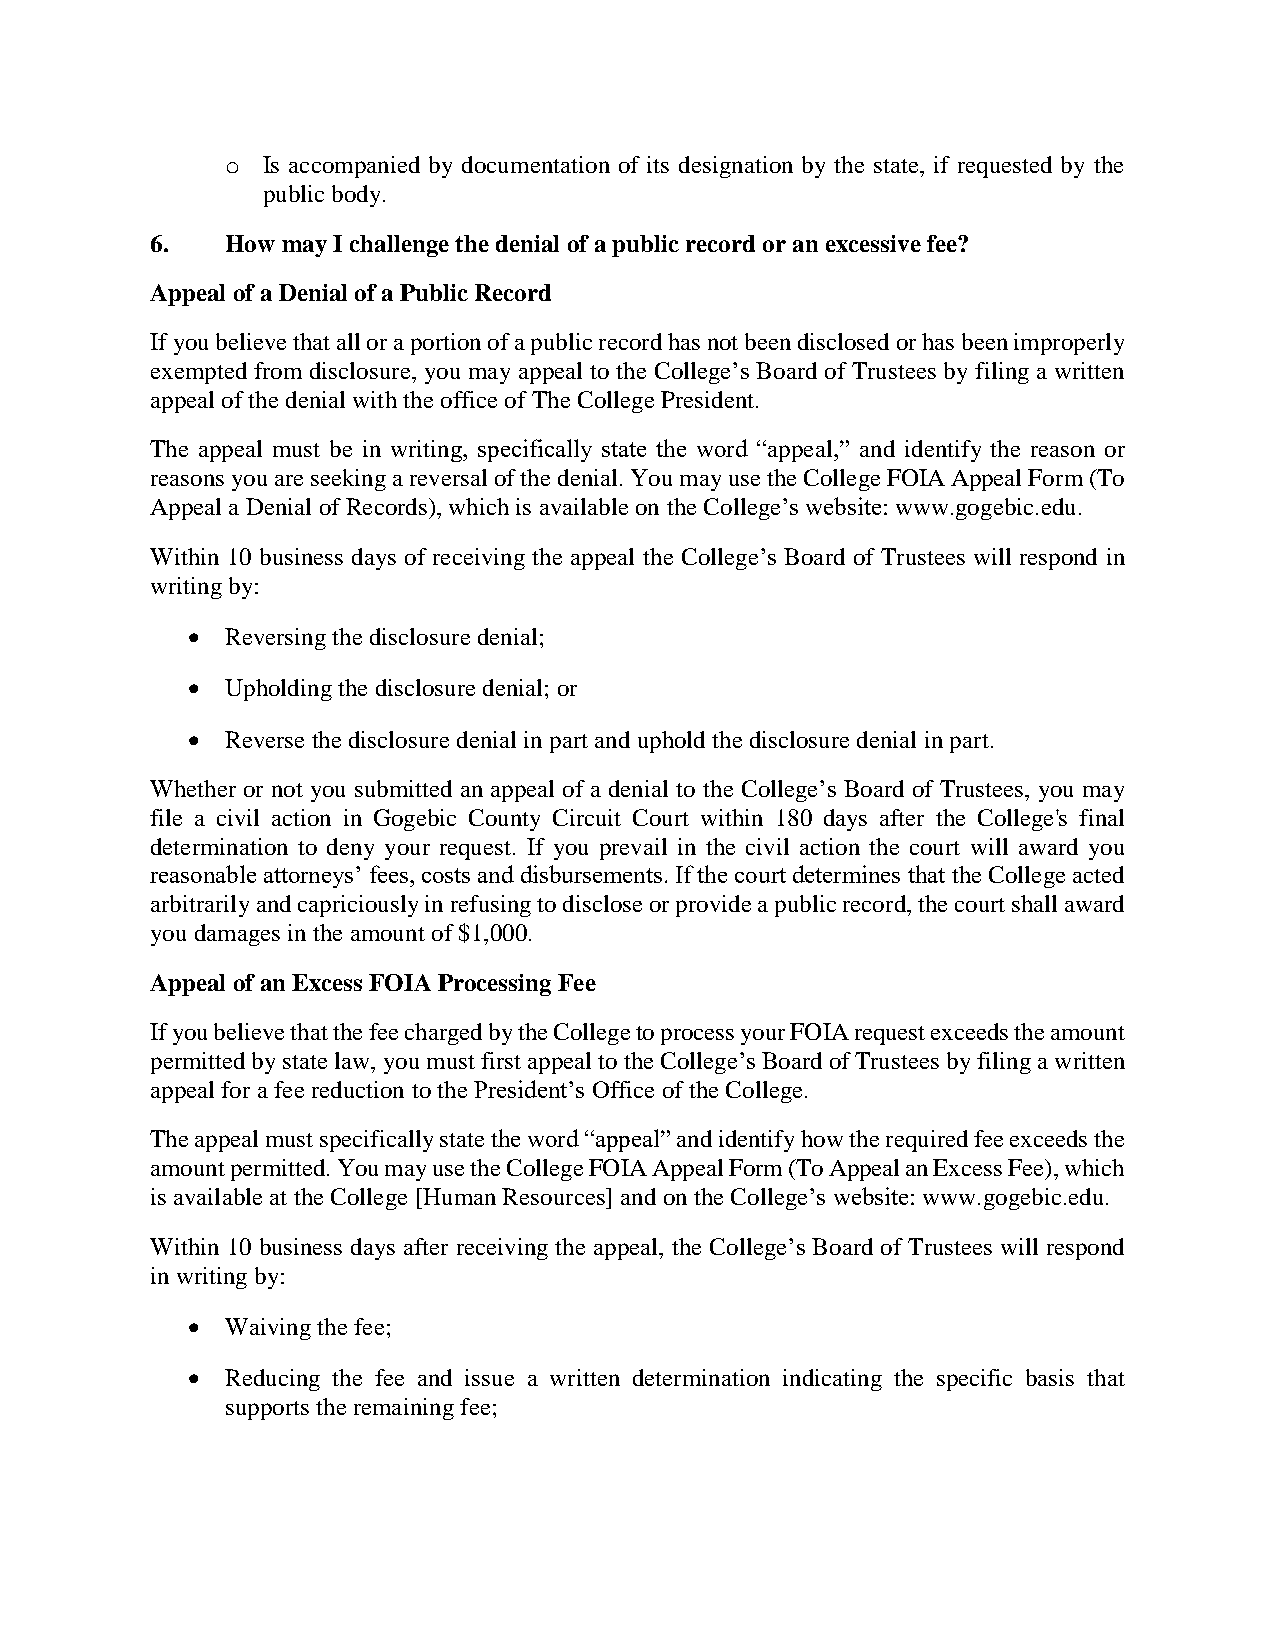
o Is accompanied by documentation of its designation by the state, if requested by the
 public body.
 6.   How may I challenge the denial of a public record or an excessive fee?
 Appeal of a Denial of a Public Record
 If you believe that all or a portion of a public record has not been disclosed or has been improperly
 exempted from disclosure, you may appeal to the College’s Board of Trustees by filing a written
 appeal of the denial with the office of The College President.
 The appeal must be in writing, specifically state the word “appeal,” and identify the reason or
 reasons you are seeking a reversal of the denial. You may use the College FOIA Appeal Form (To
 Appeal a Denial of Records), which is available on the College’s website: www.gogebic.edu.
 Within 10 business days of receiving the appeal the College’s Board of Trustees will respond in
 writing by:
   Reversing the disclosure denial;
   Upholding the disclosure denial; or
   Reverse the disclosure denial in part and uphold the disclosure denial in part.
 Whether or not you submitted an appeal of a denial to the College’s Board of Trustees, you may
 file a civil action in Gogebic County Circuit Court within 180 days after the College's final
 determination to deny your request. If you prevail in the civil action the court will award you
 reasonable attorneys’ fees, costs and disbursements. If the court determines that the College acted
 arbitrarily and capriciously in refusing to disclose or provide a public record, the court shall award
 you damages in the amount of $1,000.
 Appeal of an Excess FOIA Processing Fee
 If you believe that the fee charged by the College to process your FOIA request exceeds the amount
 permitted by state law, you must first appeal to the College’s Board of Trustees by filing a written
 appeal for a fee reduction to the President’s Office of the College.
 The appeal must specifically state the word “appeal” and identify how the required fee exceeds the
 amount permitted. You may use the College FOIA Appeal Form (To Appeal an Excess Fee), which
 is available at the College [Human Resources] and on the College’s website: www.gogebic.edu.
 Within 10 business days after receiving the appeal, the College’s Board of Trustees will respond
 in writing by:
   Waiving the fee;
   Reducing the fee and issue a written determination indicating the specific basis that
 supports the remaining fee;